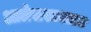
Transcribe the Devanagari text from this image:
आलेखशास्त्रात